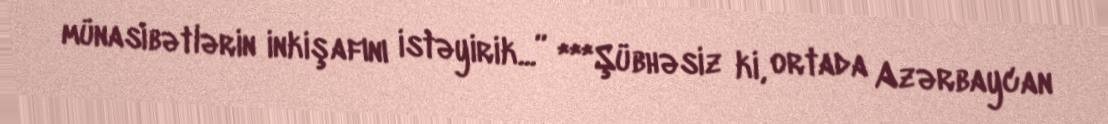
münasibətlərin inkişafını istəyirik...” ***Şübhəsiz ki, ortada Azərbaycan